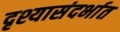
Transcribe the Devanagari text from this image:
दृश्यासंदर्भात